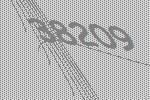
38209